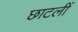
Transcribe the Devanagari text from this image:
छाटलीं